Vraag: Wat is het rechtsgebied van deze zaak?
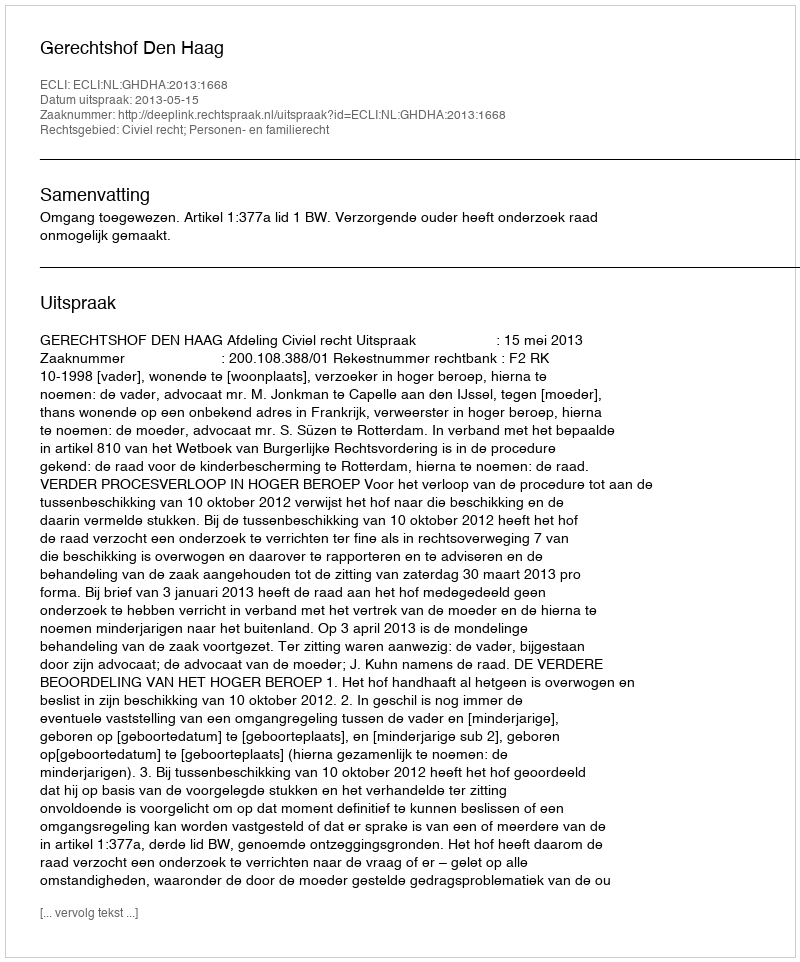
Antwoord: Civiel recht; Personen- en familierecht